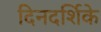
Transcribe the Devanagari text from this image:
दिनदर्शिके